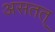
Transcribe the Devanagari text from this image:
असतत्